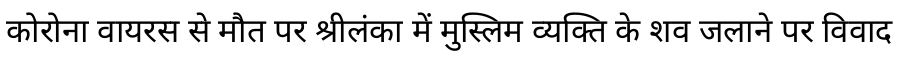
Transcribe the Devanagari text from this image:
कोरोना वायरस से मौत पर श्रीलंका में मुस्लिम व्यक्ति के शव जलाने पर विवाद